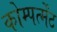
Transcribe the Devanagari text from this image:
कोम्पर्त्मेंट